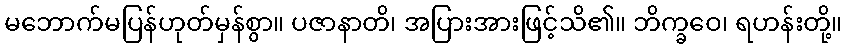
မဘောက်မပြန်ဟုတ်မှန်စွာ။ ပဇာနာတိ၊ အပြားအားဖြင့်သိ၏။ ဘိက္ခဝေ၊ ရဟန်းတို့။